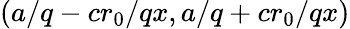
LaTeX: \left(a/q-cr_{0}/qx,a/q+cr_{0}/qx\right)